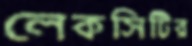
লেকসিটির